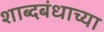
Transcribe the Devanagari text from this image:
शाब्दबंधाच्या